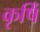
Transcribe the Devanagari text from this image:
कृषिं